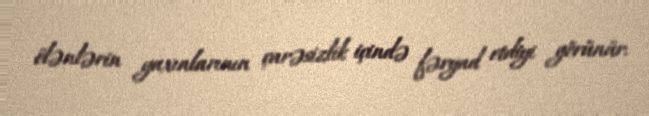
ölənlərin yaxınlarının çarəsizlik içində fəryad etdiyi görünür.